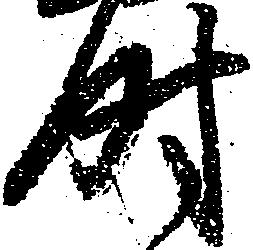
尉